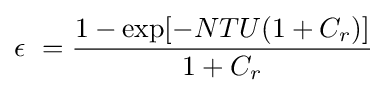
\epsilon \ ={\frac {1-\exp[-NTU(1+C_{r})]}{1+C_{r}}}